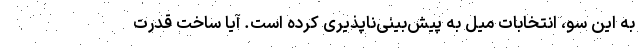
به این سو، انتخابات میل به پیش‌بینی‌ناپذیری کرده است. آیا ساخت قدرت